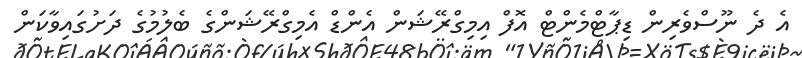
އެ ދެ ނޫސްވެރިން ޑިޕާޓްމެންޓް އޮފް އިމިގްރޭޝަން އެންޑް އެމިގްރޭޝަންގެ ބެލުމުގެ ދަށުގައިވާކަން